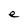
Character: e